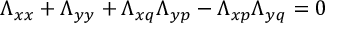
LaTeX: \Lambda _ { x x } + \Lambda _ { y y } + \Lambda _ { x q } \Lambda _ { y p } - \Lambda _ { x p } \Lambda _ { y q } = 0